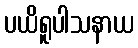
ပယိရူပါသနာယ